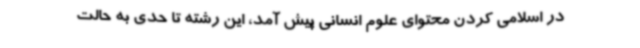
در اسلامی کردن محتوای علوم انسانی پیش آمد، این رشته تا حدی به حالت